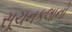
સૂચનકલાનો